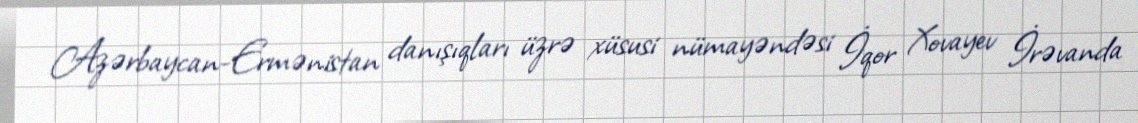
Azərbaycan-Ermənistan danışıqları üzrə xüsusi nümayəndəsi İqor Xovayev İrəvanda